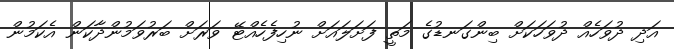
އަދި ދުވަހެއް ދުވަހަކަށް ބިންގަނޑުގެ މަތީ ފަށަލައަށް ނުހިފެހެއްޓޭ ވަރަށް ބަރުވަމުންދާކަން އެކަމުން